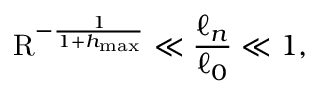
\mathrm { R } ^ { - \frac { 1 } { 1 + h _ { \operatorname* { m a x } } } } \ll \frac { \ell _ { n } } { \ell _ { 0 } } \ll 1 ,